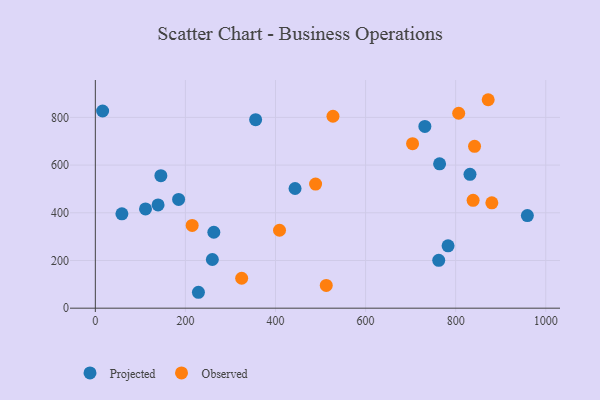
{"axis": {"x": "Engine Size", "y": "Fuel Efficiency"}, "legend": ["Observed", "Projected"], "data": [{"x": "139.3", "y": 433.1, "type": "Projected"}, {"x": "184.9", "y": 456.1, "type": "Projected"}, {"x": "111.4", "y": 416.2, "type": "Projected"}, {"x": "764.3", "y": 605.4, "type": "Projected"}, {"x": "16.2", "y": 826.9, "type": "Projected"}, {"x": "145.5", "y": 555.8, "type": "Projected"}, {"x": "783.1", "y": 261.4, "type": "Projected"}, {"x": "959.2", "y": 388.3, "type": "Projected"}, {"x": "831.8", "y": 561.2, "type": "Projected"}, {"x": "263.1", "y": 318.3, "type": "Projected"}, {"x": "59.0", "y": 395.5, "type": "Projected"}, {"x": "443.4", "y": 501.9, "type": "Projected"}, {"x": "731.6", "y": 762.1, "type": "Projected"}, {"x": "259.8", "y": 204.1, "type": "Projected"}, {"x": "355.9", "y": 790.4, "type": "Projected"}, {"x": "228.9", "y": 66.7, "type": "Projected"}, {"x": "762.4", "y": 200.8, "type": "Projected"}, {"x": "806.7", "y": 817.4, "type": "Observed"}, {"x": "880.3", "y": 441.7, "type": "Observed"}, {"x": "872.2", "y": 874.1, "type": "Observed"}, {"x": "324.9", "y": 125.5, "type": "Observed"}, {"x": "512.7", "y": 95.4, "type": "Observed"}, {"x": "704.3", "y": 689.8, "type": "Observed"}, {"x": "838.7", "y": 452.4, "type": "Observed"}, {"x": "527.6", "y": 804.9, "type": "Observed"}, {"x": "841.9", "y": 678.7, "type": "Observed"}, {"x": "489.0", "y": 520.6, "type": "Observed"}, {"x": "408.9", "y": 326.7, "type": "Observed"}, {"x": "215.0", "y": 347.2, "type": "Observed"}]}